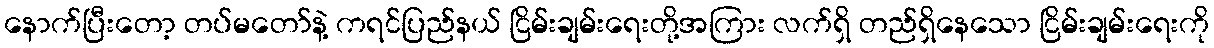
နောက်ပြီးတော့ တပ်မတော်နဲ့ ကရင်ပြည်နယ် ငြိမ်းချမ်းရေးတို့အကြား လက်ရှိ တည်ရှိနေသော ငြိမ်းချမ်းရေးကို